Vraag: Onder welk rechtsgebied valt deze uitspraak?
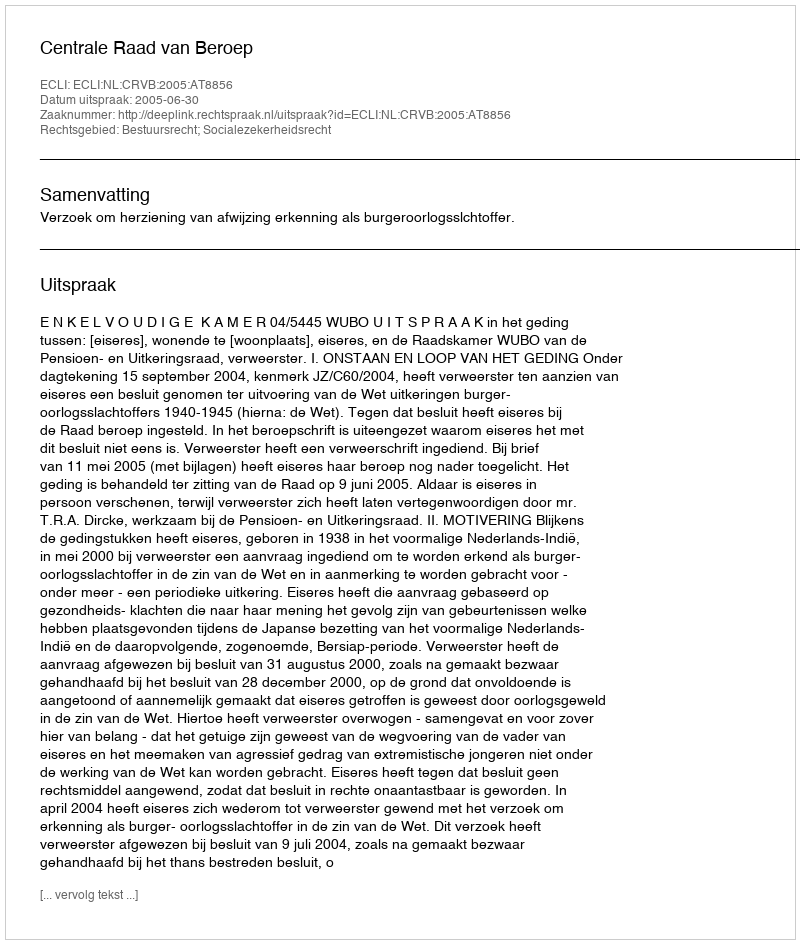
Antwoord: Bestuursrecht; Socialezekerheidsrecht